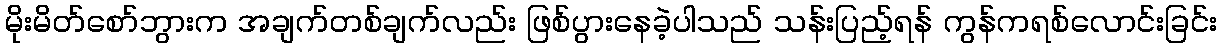
မိုးမိတ်စော်ဘွားက အချက်တစ်ချက်လည်း ဖြစ်ပွားနေခဲ့ပါသည် သန်းပြည့်ရန် ကွန်ကရစ်လောင်းခြင်း